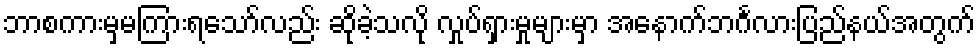
ဘာစကားမှမကြားရသော်လည်း ဆိုခဲ့သလို လှုပ်ရှားမှုများမှာ အနောက်ဘင်္ဂလားပြည်နယ်အတွက်